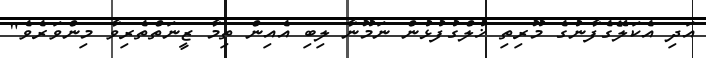
އަދި އެކަލޭގެފާނުގެ މޫރިތި ޚުލްގުފުޅުން ނަމޫނާ ލިބި އެއިން ތިމާ ޒީނަތްތެރިވާ މިންވަރެވެ"